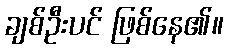
ချစ်ဦးပင် ဖြစ်နေ၏။